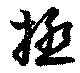
拯